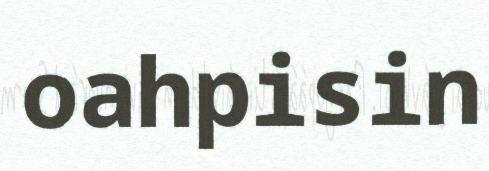
oahpisin